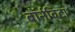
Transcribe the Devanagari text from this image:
बॉर्नविटा